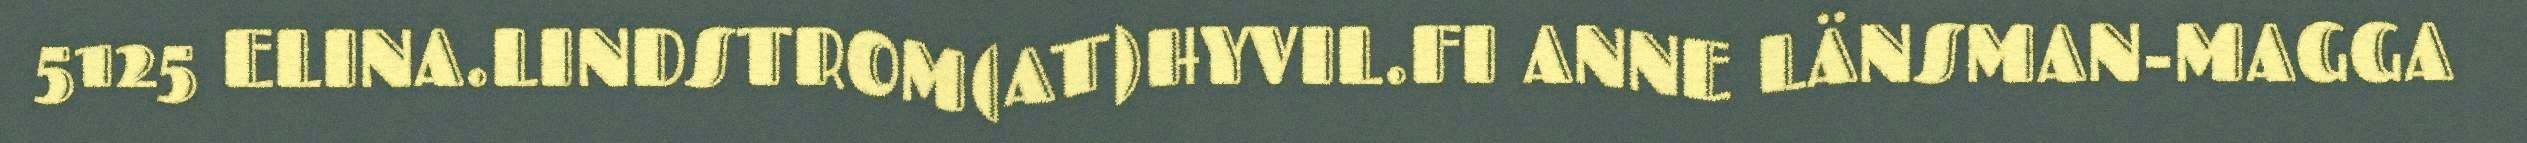
5125 ELINA.LINDSTROM(AT)HYVIL.FI ANNE LÄNSMAN-MAGGA